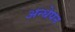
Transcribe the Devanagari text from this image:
अन्धेपन